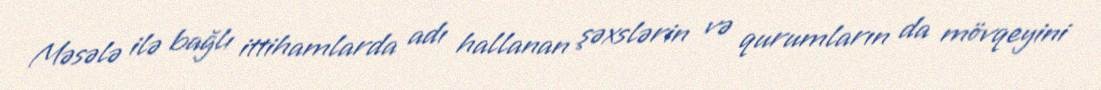
Məsələ ilə bağlı ittihamlarda adı hallanan şəxslərin və qurumların da mövqeyini